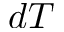
d T